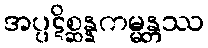
အပ္ပဋိစ္ဆန္နကမ္မန္တဿ